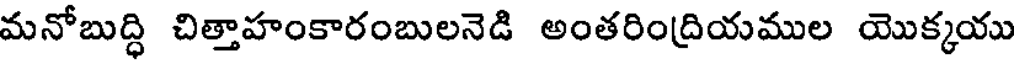
మనోబుద్ధి చిత్తాహంకారంబులనెడి అంతరిందియముల యొక్కయు